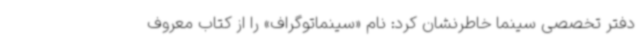
دفتر تخصصی سینما خاطرنشان کرد: نام «سینماتوگراف» را از کتاب معروف